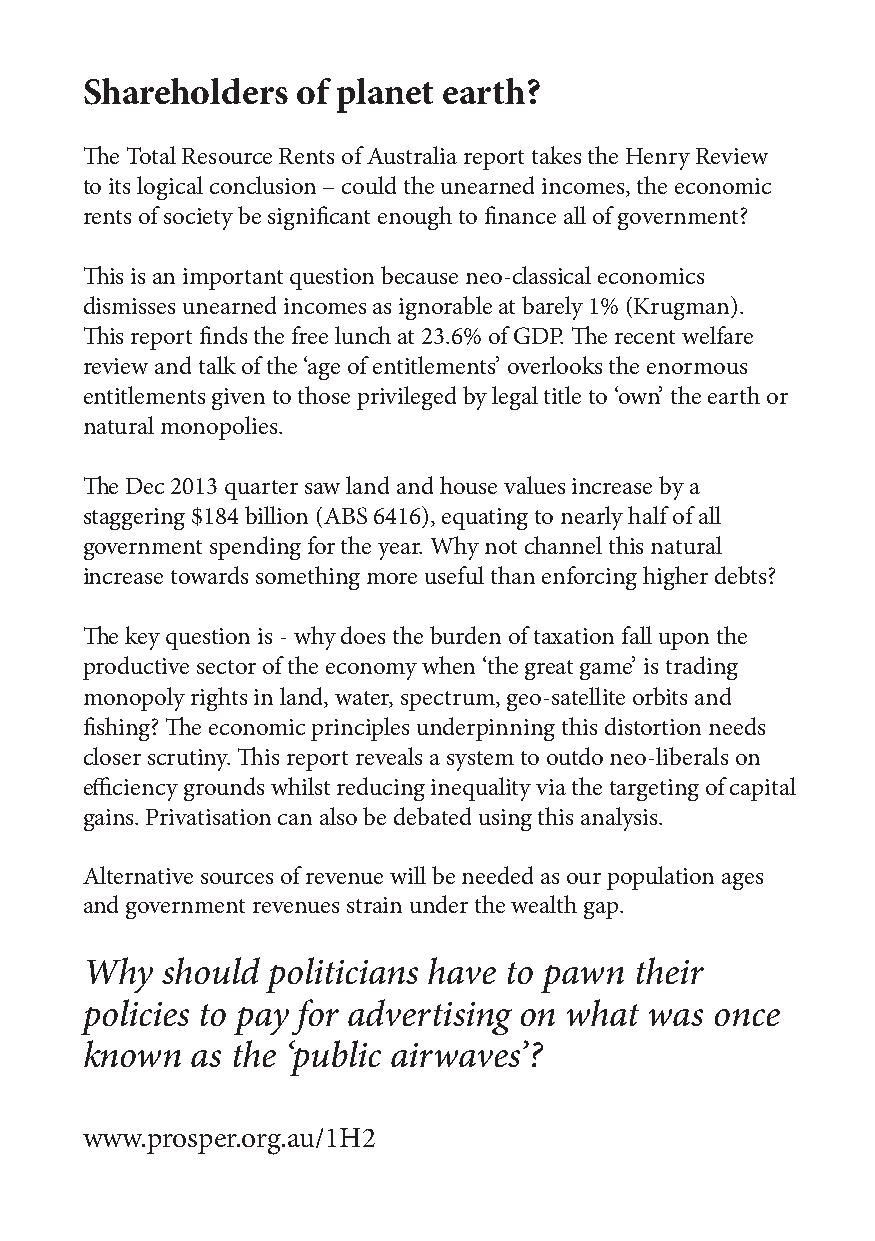
Shareholders   of planet earth?
 The Total Resource Rents of Australia report takes the Henry Review
 to its logical conclusion – could the unearned incomes, the economic
 rents of society be significant enough to finance all of government?
 This is an important question because neo-classical economics
 dismisses unearned incomes as ignorable at barely 1% (Krugman).
 This report finds the free lunch at 23.6% of GDP. The recent welfare
 review and talk of the ‘age of entitlements’ overlooks the enormous
 entitlements given to those privileged by legal title to ‘own’ the earth or
 natural monopolies.
 The Dec 2013 quarter saw land and house values increase by a
 staggering $184 billion (ABS 6416), equating to nearly half of all
 government spending for the year. Why not channel this natural
 increase towards something more useful than enforcing higher debts?
 The key question is - why does the burden of taxation fall upon the
 productive sector of the economy when ‘the great game’ is trading
 monopoly rights in land, water, spectrum, geo-satellite orbits and
 fishing? The economic principles underpinning this distortion needs
 closer scrutiny. This report reveals a system to outdo neo-liberals on
 efficiency grounds whilst reducing inequality via the targeting of capital
 gains. Privatisation can also be debated using this analysis.
 Alternative sources of revenue will be needed as our population ages
 and government revenues strain under the wealth gap.
 Why   should politicians have to pawn their
 policies to pay for advertising on what was once
 known   as the ‘public airwaves’?
 www.prosper.org.au/1H2